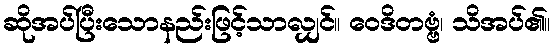
ဆိုအပ်ပြီးသောနည်းဖြင့်သာလျှင်။ ဝေဒိတဗ္ဗံ၊ သိအပ်၏။